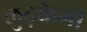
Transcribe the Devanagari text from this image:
लुढ़केगी